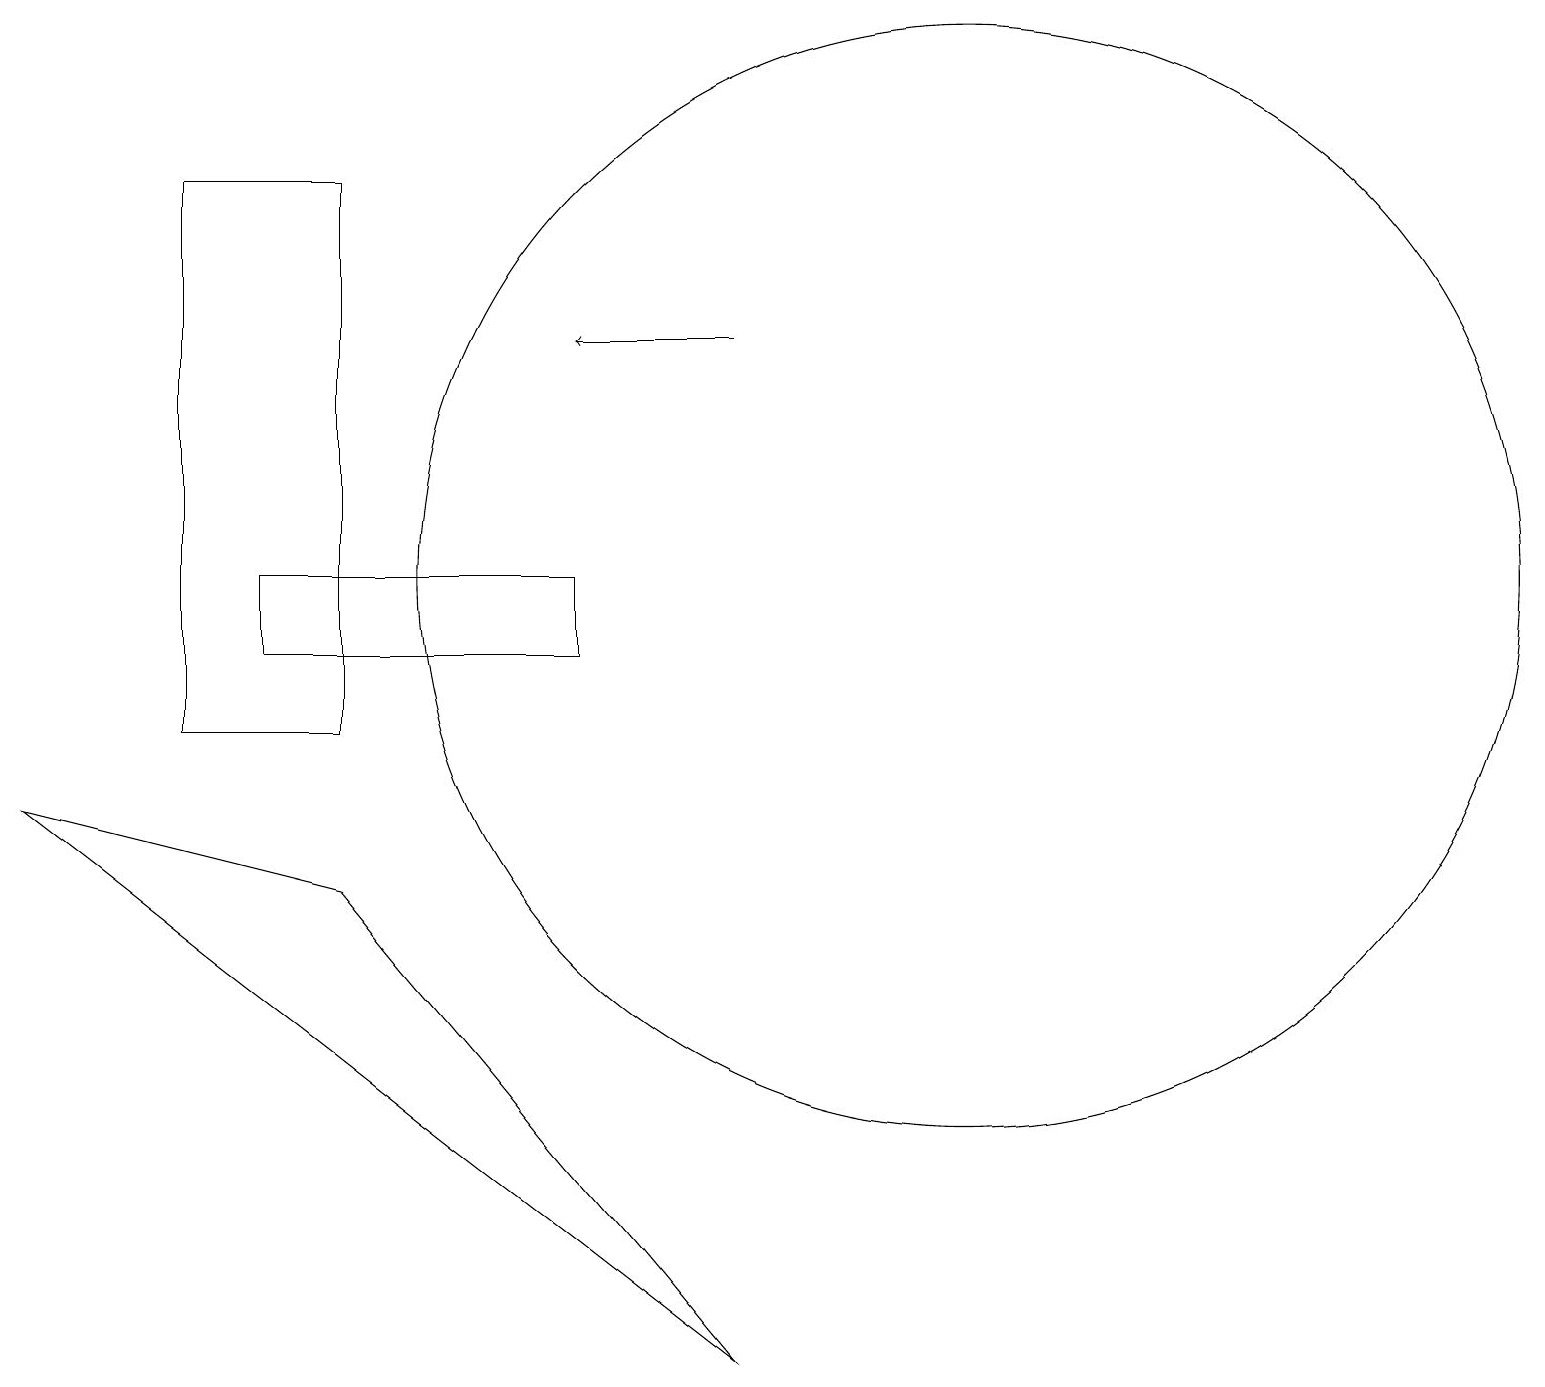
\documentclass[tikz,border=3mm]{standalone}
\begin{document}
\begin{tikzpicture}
\draw (12,12) circle (7);
\draw (7,11) rectangle (3,12);
\draw[->] (9,15) -- (7,15);
\draw (2,10) rectangle (4,17);
\draw (4,8) -- (0,9) -- (9,2) -- cycle;
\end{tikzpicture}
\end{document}